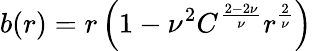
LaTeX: b(r)=r\left(1-{\nu}^{2}C^{\frac{2-2\nu}{\nu}}r^{\frac{2}{\nu}}\right)